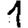
Digit: 1